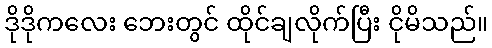
ဒိုဒိုကလေး ဘေးတွင် ထိုင်ချလိုက်ပြီး ငိုမိသည်။